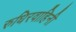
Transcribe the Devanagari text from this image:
रुधिरवाहिनी